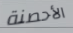
الأحصنة